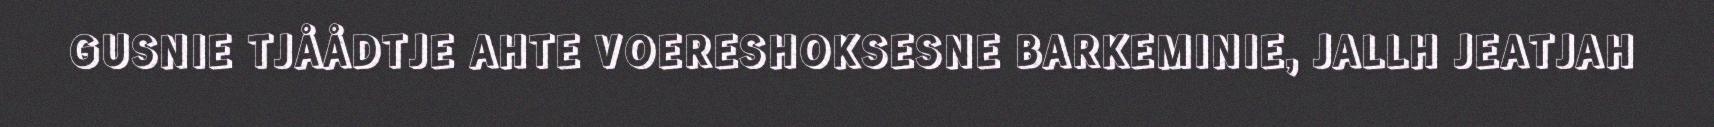
GUSNIE TJÅÅDTJE AHTE VOERESHOKSESNE BARKEMINIE, JALLH JEATJAH